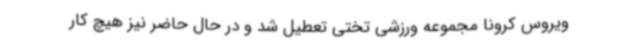
ویروس کرونا مجموعه ورزشی تختی تعطیل شد و در حال حاضر نیز هیچ کار